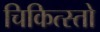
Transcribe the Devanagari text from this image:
चिकित्स्तो